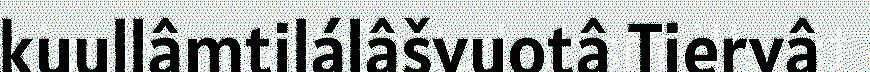
kuullâmtilálâšvuotâ Tiervâ